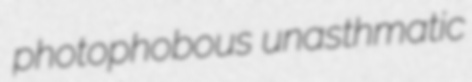
photophobous unasthmatic